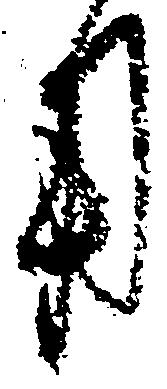
用